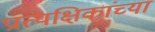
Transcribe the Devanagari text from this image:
प्रात्यक्षिकांच्या